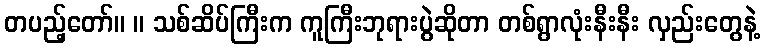
တပည့်တော်။ ။ သစ်ဆိပ်ကြီးက ကူကြီးဘုရားပွဲဆိုတာ တစ်ရွာလုံးနီးနီး လှည်းတွေနဲ့